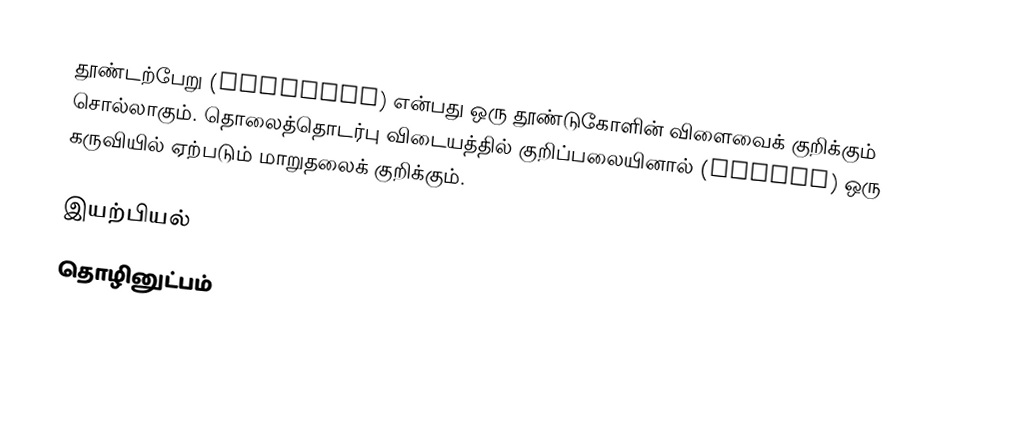
தூண்டற்பேறு (Response) என்பது ஒரு தூண்டுகோளின் விளைவைக் குறிக்கும் சொல்லாகும். தொலைத்தொடர்பு விடையத்தில்  குறிப்பலையினால் (signal) ஒரு கருவியில் ஏற்படும் மாறுதலைக் குறிக்கும்.

இயற்பியல்
தொழினுட்பம்